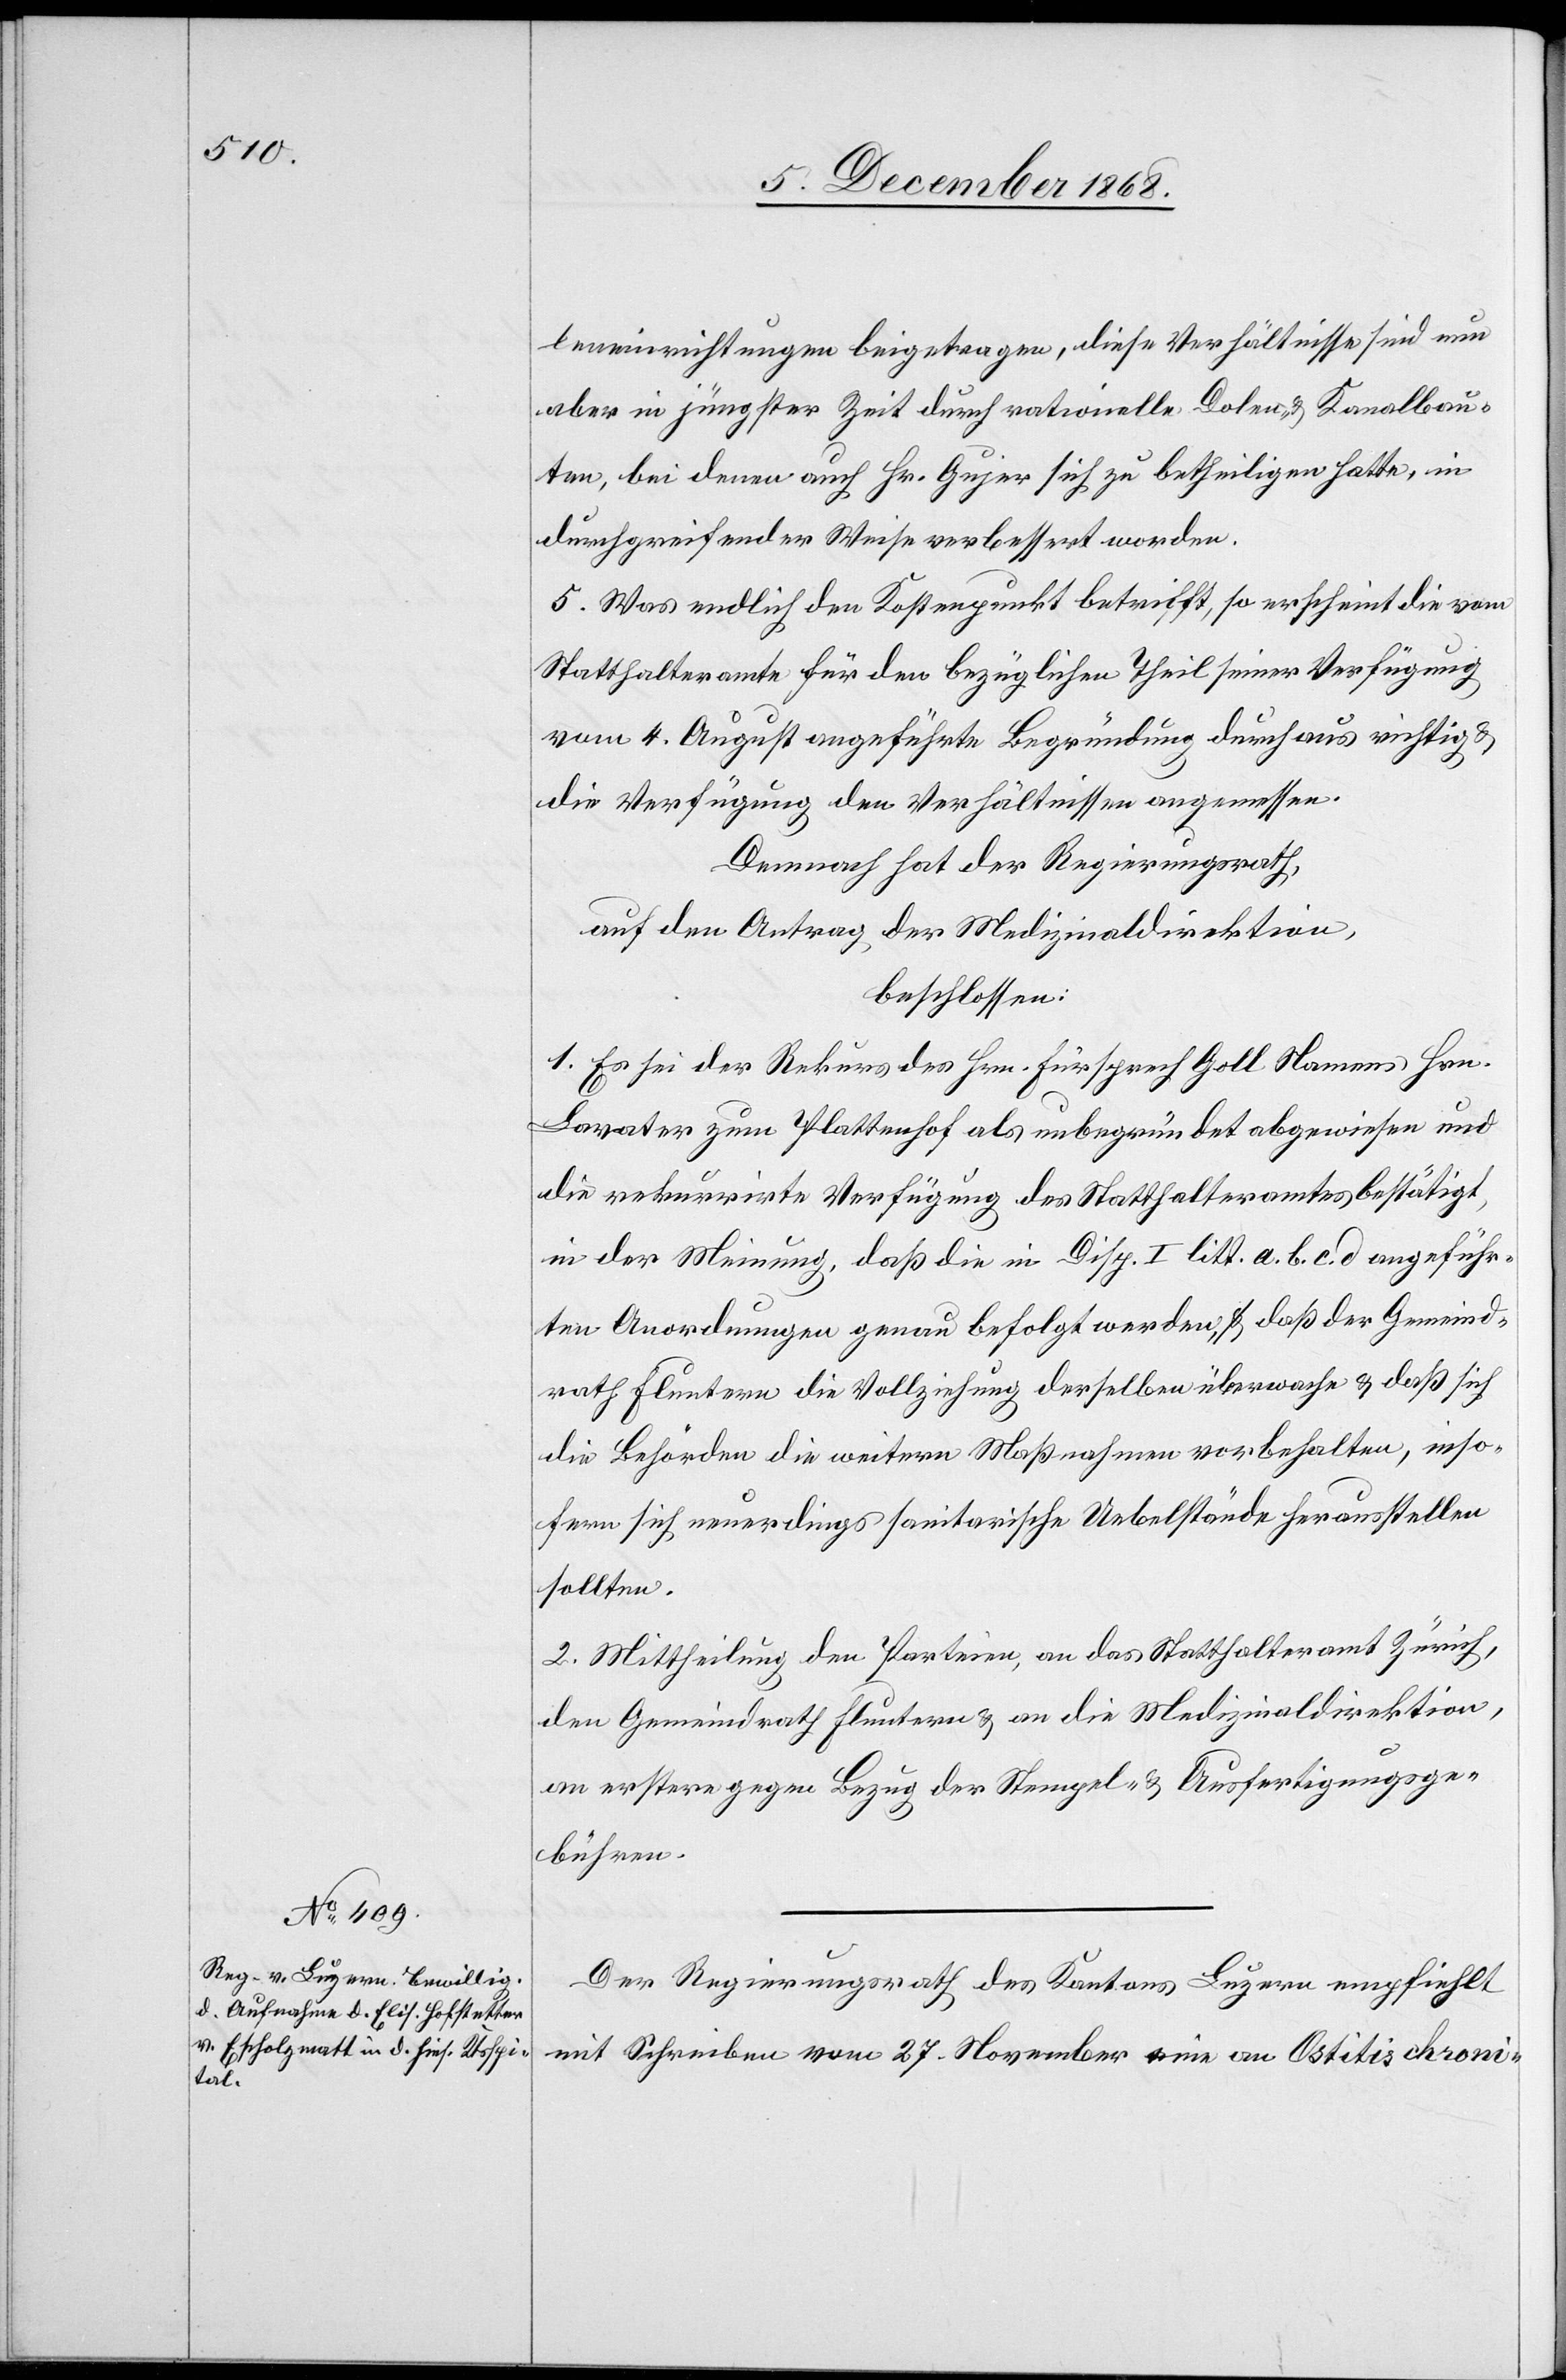
leneinrichtungen beigetragen, diese Verhältnisse sind nun
aber in jüngster Zeit durch rationelle Dolen- & Kanalbau¬
ten, bei denen auch Hr. Gujer sich zu betheiligen hatte, in
durchgreifender Weise verbessert worden.
5. Was endlich den Kostenpunkt betrifft, so erscheint die vom
Statthalteramte für den bezüglichen Theil seiner Verfügung
vom 4. August angeführte Begründung durchaus richtig &
die Verfügung den Verhältnissen angemessen.
Demnach hat der Regierungsrath,
auf den Antrag der Medizinaldirektion,
beschlossen:
1. Es sei der Rekurs des Hrn. Fürsprech Goll Namens Hrn.
Lavater zum Plattenhof als unbegründet abgewiesen und
die rekurrirte Verfügung des Statthalteramtes bestätigt,
in der Meinung, daß die in Disp. I litt. a. b. c. d angeführ¬
ten Anordnungen genau befolgt werden, daß der Gemeind¬
rath Fluntern die Vollziehung derselben überwache & daß sich
die Behörden die weitern Maßnahmen vorbehalten, inso¬
fern sich neuerdings sanitarische Uebelstände herausstellen
sollten.
2. Mittheilung den Parteien, an das Statthalteramt Zürich,
den Gemeindrath Fluntern & an die Medizinaldirektion,
an erstere gegen Bezug der Stempel- & Ausfertigungsge¬
bühren.
Der Regierungsrath des Kantons Luzern empfiehlt
mit Schreiben vom 27. November eine an Ostitis chroni-